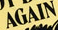
AGAIN